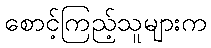
စောင့်ကြည့်သူများက